Annual report on the health of the army in India
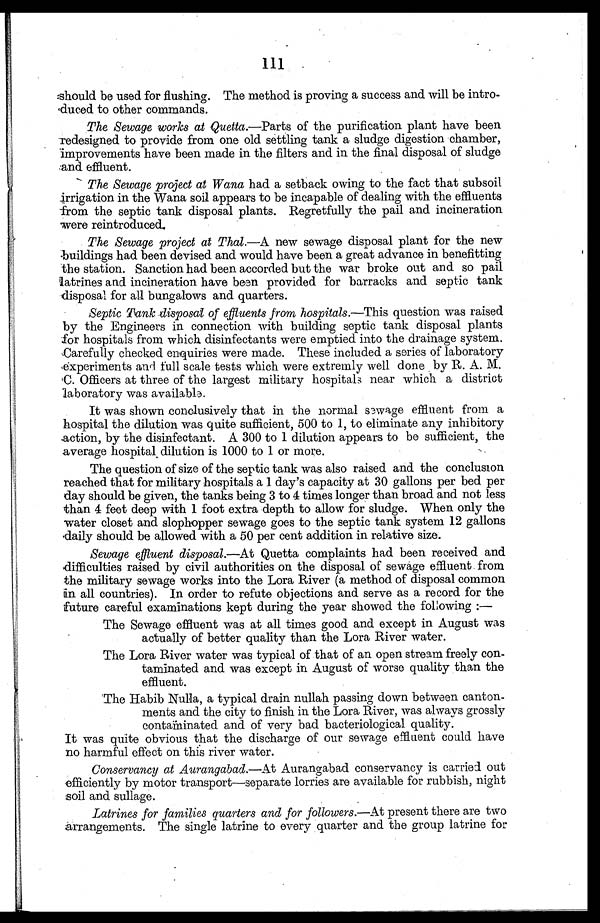
111
should be used for flushing. The method is proving a success and will be intro
-duced to other commands.
The Sewage works at Quetta. —Parts of the purification plant have been
redesigned to provide from one old settling tank a sludge digestion chamber,
improvements have been made in the filters and in the final disposal of sludge
and effluent.
The Sewage project at Wana had a setback owing to the fact that subsoil
irrigation in the Wana soil appears to be incapable of dealing with the effluents
from the septic tank disposal plants. Regretfully the pail and incineration
were reintroduced.
The Sewage project at Thal. —A new sewage disposal plant for the new
buildings had been devised and would have been a great advance in benefitting
the station. Sanction had been accorded but the war broke out and so pail
latrines and incineration have been provided for barracks and septic tank
disposal for all bungalows and quarters.
Septic Tank disposal of effluents from hospitals. —This question was raised
by the Engineers in connection with building septic tank disposal plants
for hospitals from which disinfectants were emptied into the drainage system.
Carefully checked enquiries were made. These included a series of laboratory
experiments and full scale tests which were extremly well done by R. A. M.
C. Officers at three of the largest military hospitals near which a district
laboratory was available.
It was shown conclusively that in the normal sewage effluent from a
hospital the dilution was quite sufficient, 500 to 1, to eliminate any inhibitory
action, by the disinfectant. A 300 to 1 dilution appears to be sufficient, the
average hospital dilution is 1000 to 1 or more.
The question of size of the septic tank was also raised and the conclusion
reached that for military hospitals a 1 day's capacity at 30 gallons per bed per
day should be given, the tanks being 3 to 4 times longer than broad and not less
than 4 feet deep with 1 foot extra depth to allow for sludge. When only the
water closet and slophopper sewage goes to the septic tank system 12 gallons
daily should be allowed with a 50 per cent addition in relative size.
Sewage effluent disposal.—At Quetta complaints had been received and
difficulties raised by civil authorities on the disposal of sewage effluent from
the military sewage works into the Lora River (a method of disposal common
in all countries). In order to refute objections and serve as a record for the
future careful examinations kept during the year showed the following:
—
The Sewage effluent was at all times good and except in August was
actually of better quality than the Lora River water.
The Lora River water was typical of that of an open stream freely con
- t a m i n a t e d a n d w a s e x c e p t i n A u g u s t o f w o r s e q u a l i t y t h a n t h e
effluent.
The Habib Nulla, a typical drain nullah passing down between canton-
ments and the city to finish in the Lora River, was always grossly
contaminated and of very bad bacteriological quality.
It was quite obvious that the discharge of our sewage effluent could have
no harmful effect on this river water.
Conservancy at Aurangabad.—At Aurangabad conservancy is carried out
efficiently by motor transport—separate lorries are available for rubbish, night
soil and sullage.
Latrines for families quarters and for followers. —At present there are two
arrangements. The single latrine to every quarter and the group latrine for